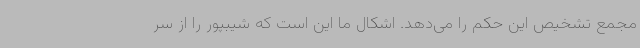
مجمع تشخیص این حکم را می‌دهد. اشکال ما این است که شیبپور را از سر